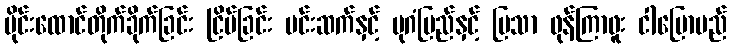
မိုင်းထောင်တိုက်ခိုက်ခြင်း ငြိမ်ခြင်း မင်းဆက်နှင့် ပုဂံပြည်နှင့် မြသာ ဖုန်ကြာဖူး ငါပြောမည်